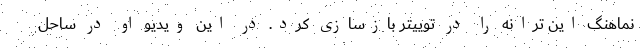
نماهنگ این ترانه را در توییتر بازسازی کرد. در این ویدیو او در ساحل